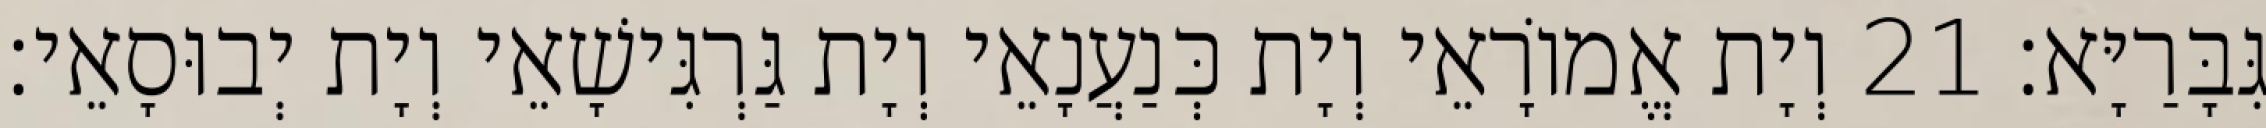
גִּבָּרַיָּא׃ 21 וְיָת אֱמוֹרָאֵי וְיָת כְּנַעֲנָאֵי וְיָת גַּרְגִּישָׁאֵי וְיָת יְבוּסָאֵי׃